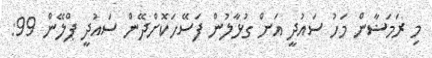
މި ރަމަޟާން މަހު ސައުދީ އަށް ގުޅާލުން ފަސޭހަކޮށްދޭން ސައުދީ ޕްލޭން 99: